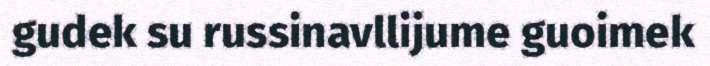
gudek su russinavllijume guoimek